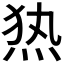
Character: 𰞖